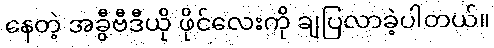
နေတဲ့ အခွီဗီဒီယို ဖိုင်လေးကို ချပြလာခဲ့ပါတယ်။